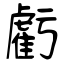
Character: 虧